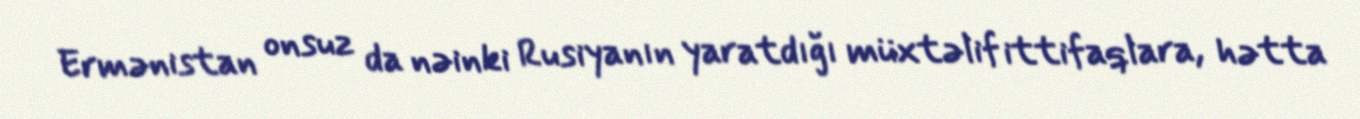
Ermənistan onsuz da nəinki Rusiyanın yaratdığı müxtəlif ittifaqlara, hətta